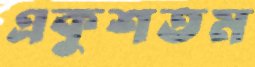
একুশতম